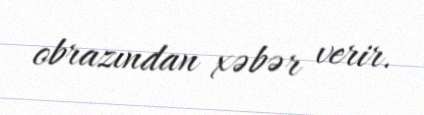
obrazından xəbər verir.